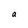
Character: a